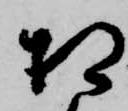
相